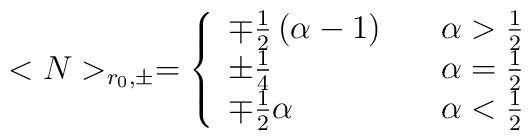
<N>_{r_0,\pm}=\left\{\begin{array}{ll}  \mp\frac{1}{2}\left(\alpha -1\right) & \quad \alpha>\frac{1}{2} \\  \pm\frac{1}{4} & \quad \alpha = \frac{1}{2} \\  \mp\frac{1}{2}\alpha & \quad \alpha<\frac{1}{2}\end{array}\right.